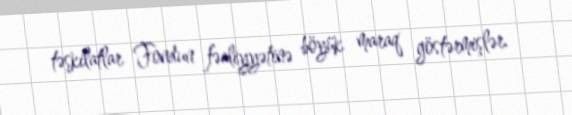
təşkilatlar Fondun fəaliyyətinə böyük maraq göstərmişlər.